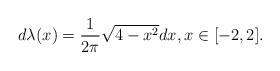
LaTeX: \begin{align*}d\lambda(x) = \frac{1}{2\pi} \sqrt{4-x^2} dx,x\in[-2,2].\end{align*}